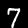
Digit: 7